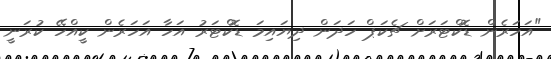
"އަހަރެން ޑޮކްޓަރަށް ޗެކަޕް ހަދަން ދިޔައިމަ ޑޮކްޓަރު އަހާ އަހަރެން ކީއްހޭ ކުރަނީ